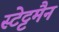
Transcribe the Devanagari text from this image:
स्टेट्टमैन